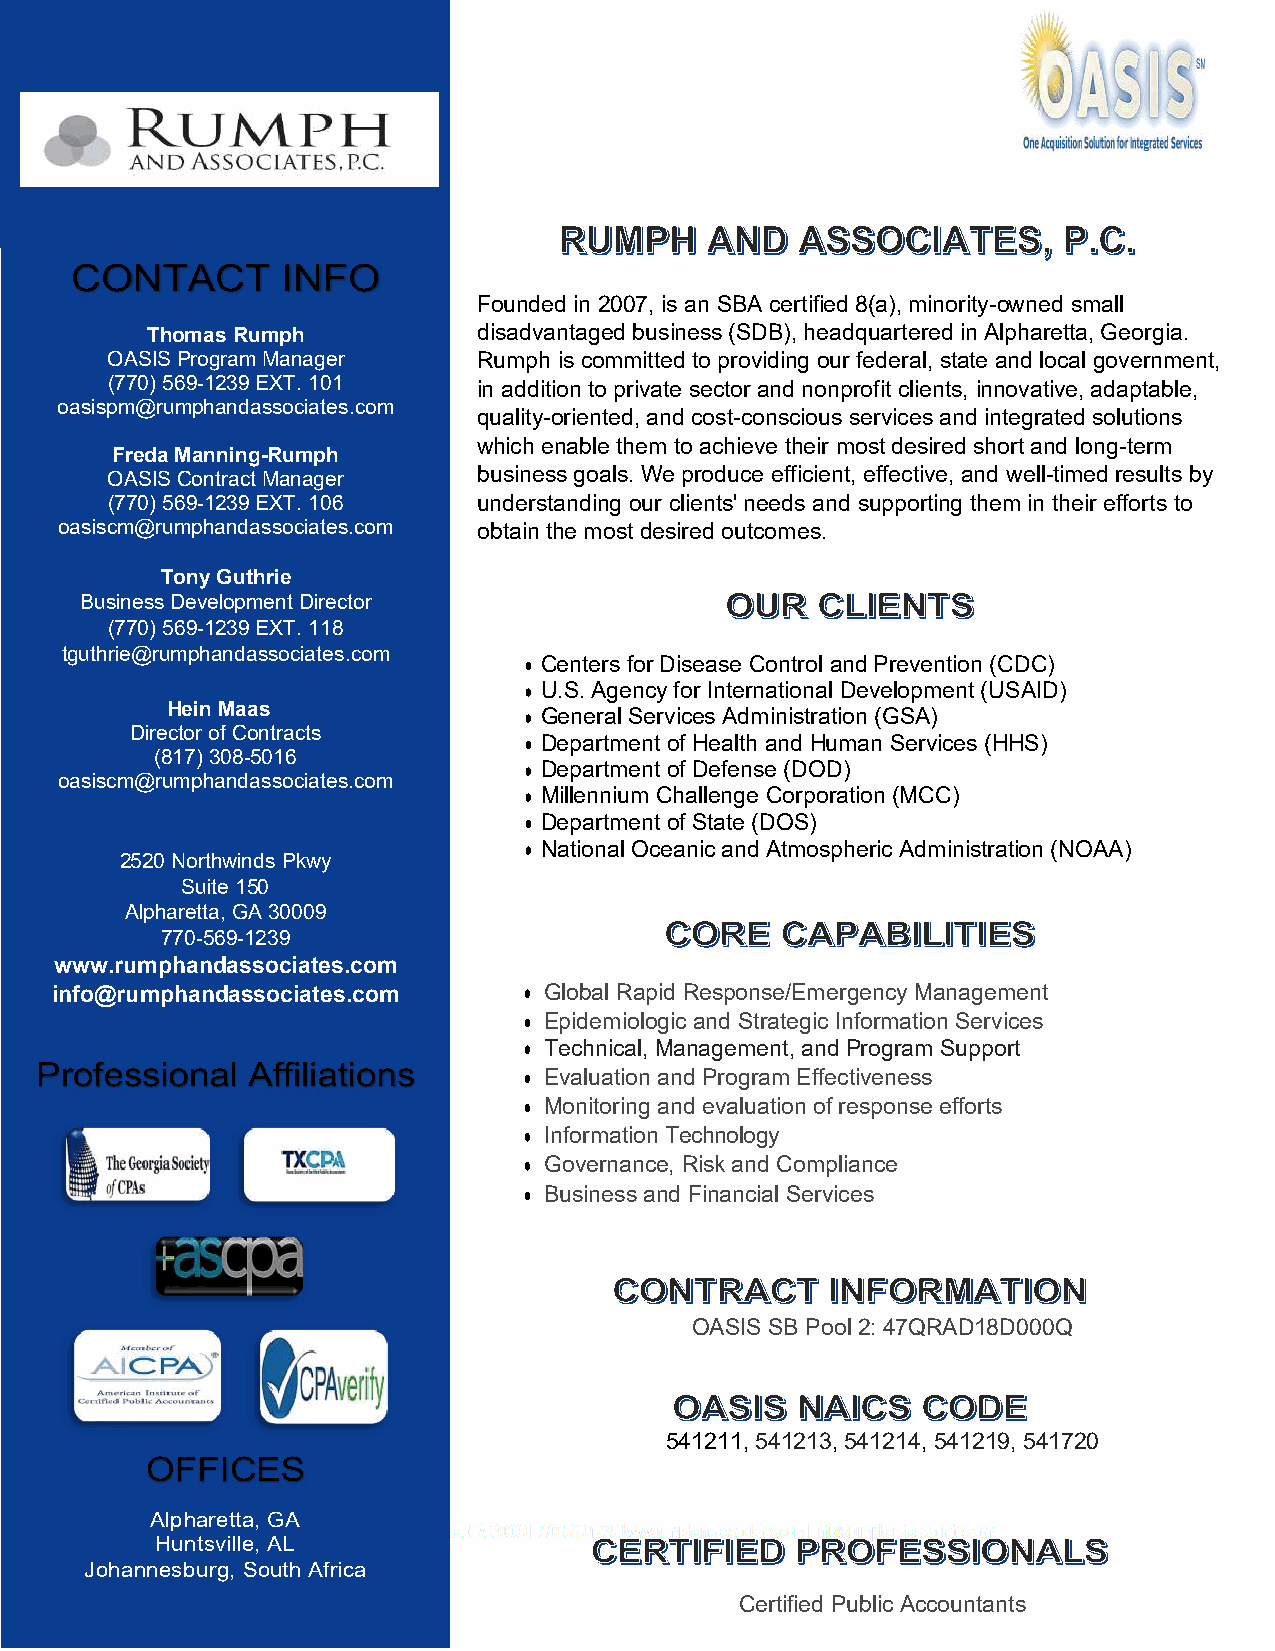
Founded in 2007, is an SBA certified 8(a), minority-owned small
 Thomas Rumph          disadvantaged business (SDB), headquartered in Alpharetta, Georgia.
 OASIS Program Manager    Rumph is committed to providing our federal, state and local government,
 (770) 569-1239 EXT. 101  in addition to private sector and nonprofit clients, innovative, adaptable,
 oasispm@rumphandassociates.com
 quality-oriented, and cost-conscious services and integrated solutions
 which enable them to achieve their most desired short and long-term
 Freda Manning-Rumph
 OASIS Contract Manager   business goals. We produce efficient, effective, and well-timed results by
 (770) 569-1239 EXT. 106  understanding our clients' needs and supporting them in their efforts to
 oasiscm@rumphandassociates.com obtain the most desired outcomes.
 Tony Guthrie
 Business Development Director
 (770) 569-1239 EXT. 118
 tguthrie@rumphandassociates.com
 • Centers for Disease Control and Prevention (CDC)
 • U.S. Agency for International Development (USAID)
 Hein Maas               • General Services Administration (GSA)
 Director of Contracts
 • Department of Health and Human Services (HHS)
 (817) 308-5016
 • Department of Defense (DOD)
 oasiscm@rumphandassociates.com
 • Millennium Challenge Corporation (MCC)
 • Department of State (DOS)
 • National Oceanic and Atmospheric Administration (NOAA)
 2520 Northwinds Pkwy
 Suite 150
 Alpharetta, GA 30009
 770-569-1239
 www.rumphandassociates.com
 info@rumphandassociates.com     • Global Rapid Response/Emergency Management
 • Epidemiologic and Strategic Information Services
 • Technical, Management, and Program Support
 • Evaluation and Program Effectiveness
 • Monitoring and evaluation of response efforts
 • Information Technology
 • Governance, Risk and Compliance
 • Business and Financial Services
 OASIS SB Pool 2: 47QRAD18D000Q
 541211, 541213, 541214, 541219, 541720
 1125
 Alpharetta, GA
 Huntsville, AL
 Johannesburg, South Africa
 Certified Public Accountants